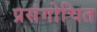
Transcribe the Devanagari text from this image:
प्रसंगोचित